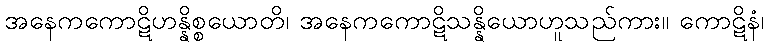
အနေကကောဋိဟန္နိစ္စယောတိ၊ အနေကကောဋိသန္နိယောဟူသည်ကား။ ကောဋိနံ၊